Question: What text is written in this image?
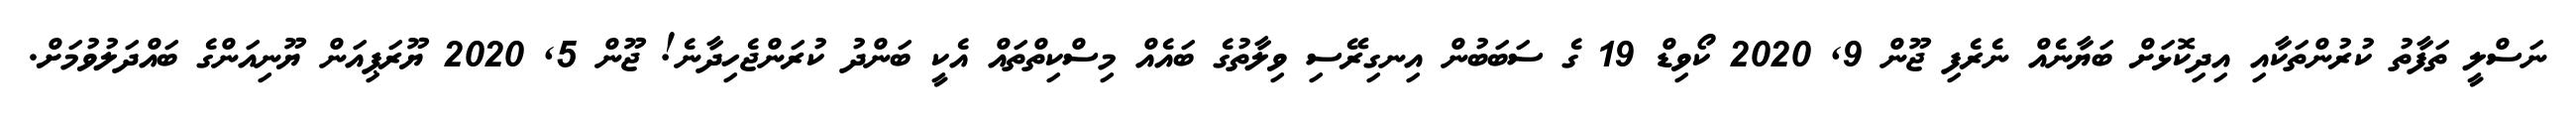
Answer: ނަސްލީ ތަފާތު ކުރުންތަކާއި އިދިކޮޅަށް ބަޔާނެއް ނެރެފި ޖޫން 9, 2020 ކޯވިޑް 19 ގެ ސަބަބުން އިނގިރޭސި ވިލާތުގެ ބައެއް މިސްކިތްތައް އެކީ ބަންދު ކުރަންޖެހިދާނެ! ޖޫން 5, 2020 ޔޫރަޕިއަން ޔޫނިއަންގެ ބައްދަލުވުމަށް.